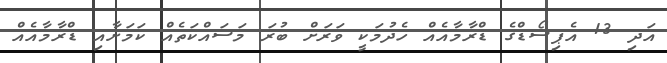
އަދި 13 އެޕިސޯޑްގެ ޑްރާމާއެއް ހެދުމަކީ ވަރަށް ބުރަ މަސައްކަތެއް ކަމަށާއި ޑްރާމާއެއް